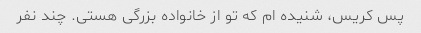
پس کریس، شنیده ام که تو از خانواده بزرگی هستی. چند نفر